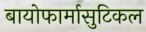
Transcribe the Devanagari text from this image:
बायोफार्मासुटिकल